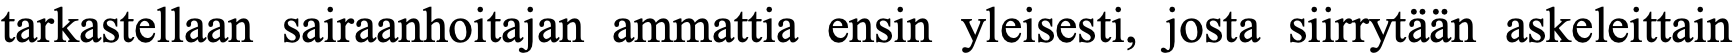
tarkastellaan sairaanhoitajan ammattia ensin yleisesti, josta siirrytään askeleittain